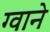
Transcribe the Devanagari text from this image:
ग्वाने